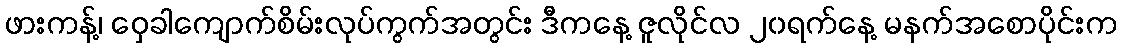
ဖားကန့်၊ ဝှေခါကျောက်စိမ်းလုပ်ကွက်အတွင်း ဒီကနေ့ ဇူလိုင်လ ၂၀ရက်နေ့ မနက်အစောပိုင်းက